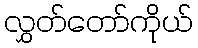
လွှတ်တော်ကိုယ်